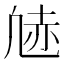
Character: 𫥠